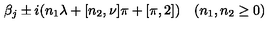
\beta _ { j } \pm i ( n _ { 1 } \lambda + \sc [ n _ { 2 } , \nu ] \pi + \sc [ \pi , 2 ] ) \quad ( n _ { 1 } , n _ { 2 } \ge 0 )